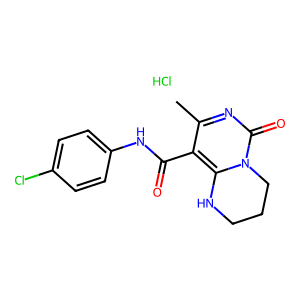
SMILES: Cc1nc(=O)n2c(c1C(=O)Nc1ccc(Cl)cc1)NCCC2.Cl
Inhibits HIV replication: No